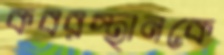
কবরস্থানকে